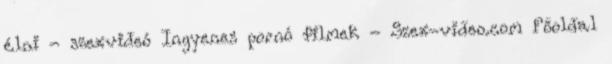
élni - szexvideó Ingyenes pornó filmek - Szex-video.com Főoldal